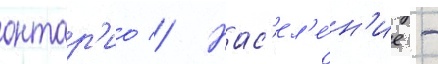
онтар'ио // Нас'ел'е́н'ие -